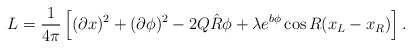
\begin{align*}L={1\over4\pi}\left[(\partial x)^2 +(\partial\phi)^2-2Q\hat R\phi+\lambda e^{b\phi}\cos R(x_L-x_R)\right].\end{align*}